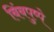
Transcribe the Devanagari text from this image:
बिंबपुष्पे